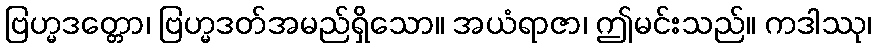
ဗြဟ္မဒတ္တော၊ ဗြဟ္မဒတ်အမည်ရှိသော။ အယံရာဇာ၊ ဤမင်းသည်။ ကဒါဿု၊